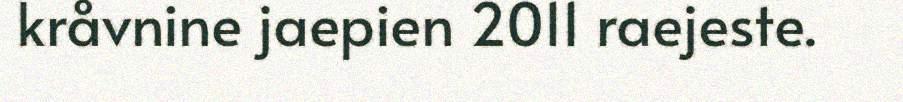
kråvnine jaepien 2011 raejeste.